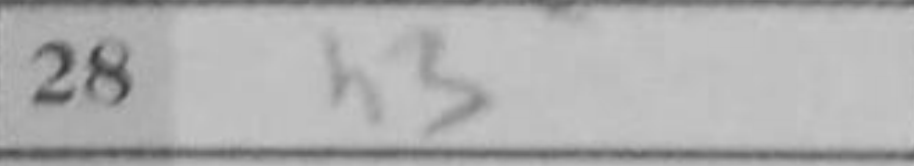
Transcription: h3